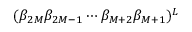
( \beta _ { 2 M } \beta _ { 2 M - 1 } \cdots \beta _ { M + 2 } \beta _ { M + 1 } ) ^ { L }